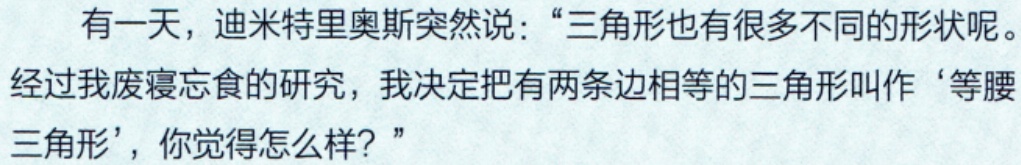
有一天，迪米特里奥斯突然说：“三角形也有很多不同的形状呢。经过我废寝忘食的研究，我决定把有两条边相等的三角形叫作‘等腰三角形’，你觉得怎么样？”